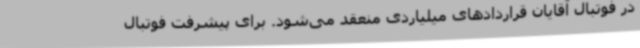
در فوتبال آقایان قراردادهای میلیاردی منعقد می‌شود. برای پیشرفت فوتبال